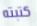
كتبته